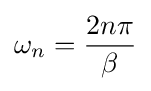
\omega _{n}={\frac {2n\pi }{\beta }}